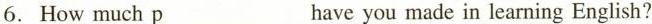
6. How much p___ have you made in learning English?